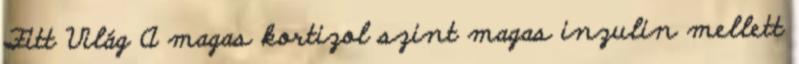
Fitt Világ A magas kortizol szint magas inzulin mellett